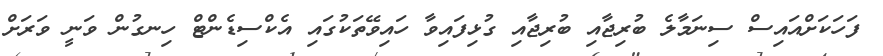
ފަހަކަށްއައިސް ސިނަމާލެ ބުރިޖާއި ބުރިޖާއި ގުޅިފައިވާ ހައިވޭތަކުގައި އެކްސިޑެންޓް ހިނގުން ވަނީ ވަރަށް